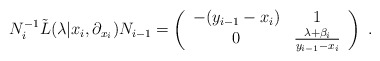
\begin{align*}N_i^{-1}{\tilde L}(\lambda|x_i,\partial_{x_i}) N_{i-1}=\left(\begin{array}{cc} -(y_{i-1}-x_i) & 1 \\ 0 & \frac{\lambda +\beta_i}{y_{i-1}-x_i} \end{array}\right ) ~.\end{align*}